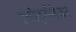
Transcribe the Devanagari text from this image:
स्पोर्ट्सवेयर